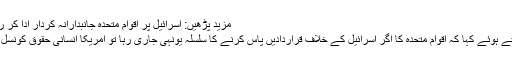
مزید پڑھیں: اسرائیل پر اقوام متحدہ جانبدارانہ کردار ادا کر رہی ہے: امریکی مندوب
نکی ہیلی نے دھمکی دیتے ہوئے کہا کہ اقوام متحدہ کا اگر اسرائیل کے خلاف قراردادیں پاس کرنے کا سلسلہ یونہی جاری رہا تو امریکا انسانی حقوق کونسل سے باہر نکل جائے گا۔